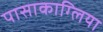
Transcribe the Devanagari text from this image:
पासाकाग्लिया